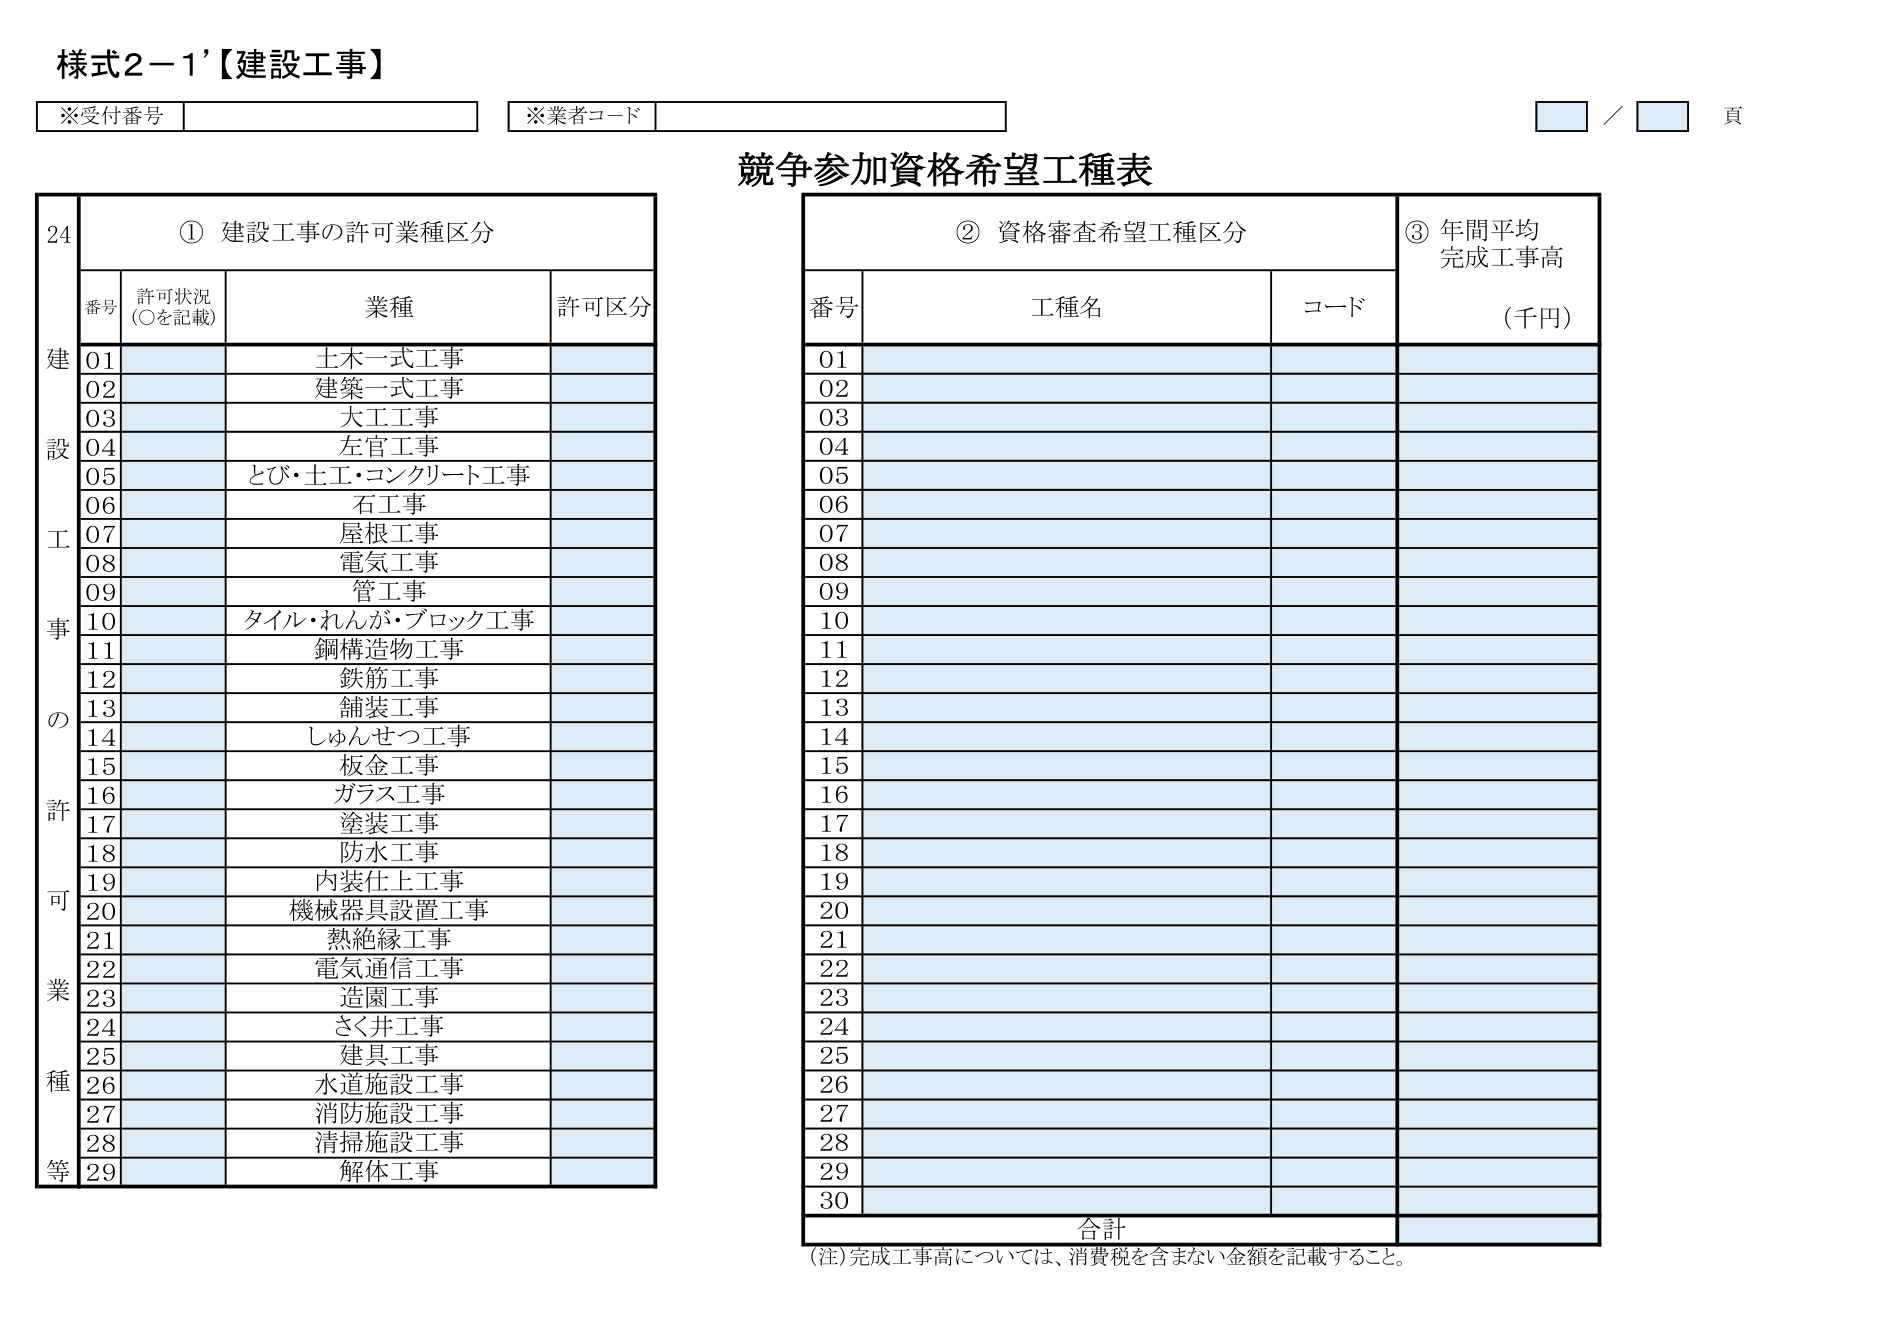
様式2-1'【建設工事】

※受付番号
※業者コード
／ 頁

競争参加資格希望工種表

① 建設工事の許可業種区分
番号 許可状況（○を記載） 業種 許可区分
01 土木一式工事
02 建築一式工事
03 大工工事
04 左官工事
05 とび・土工・コンクリート工事
06 石工事
07 屋根工事
08 電気工事
09 管工事
10 タイル・れんが・ブロック工事
11 鋼構造物工事
12 鉄筋工事
13 舗装工事
14 しゅんせつ工事
15 板金工事
16 ガラス工事
17 塗装工事
18 防水工事
19 内装仕上工事
20 機械器具設置工事
21 熱絶縁工事
22 電気通信工事
23 造園工事
24 さく井工事
25 建具工事
26 水道施設工事
27 消防施設工事
28 清掃施設工事
29 解体工事

② 資格審査希望工種区分
番号 工種名 コード
01
02
03
04
05
06
07
08
09
10
11
12
13
14
15
16
17
18
19
20
21
22
23
24
25
26
27
28
29
30

③ 年間平均完成工事高（千円）
（注）完成工事高については、消費税を含まない金額を記載すること。

合計

24
建設工事の許可業種等